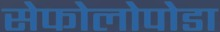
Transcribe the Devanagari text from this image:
सेफोलोपोडा